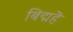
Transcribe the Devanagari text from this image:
बिद्महॆ